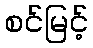
စင်မြင့်